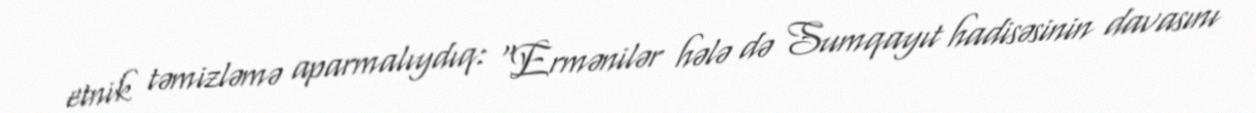
etnik təmizləmə aparmalıydıq: “Ermənilər hələ də Sumqayıt hadisəsinin davasını